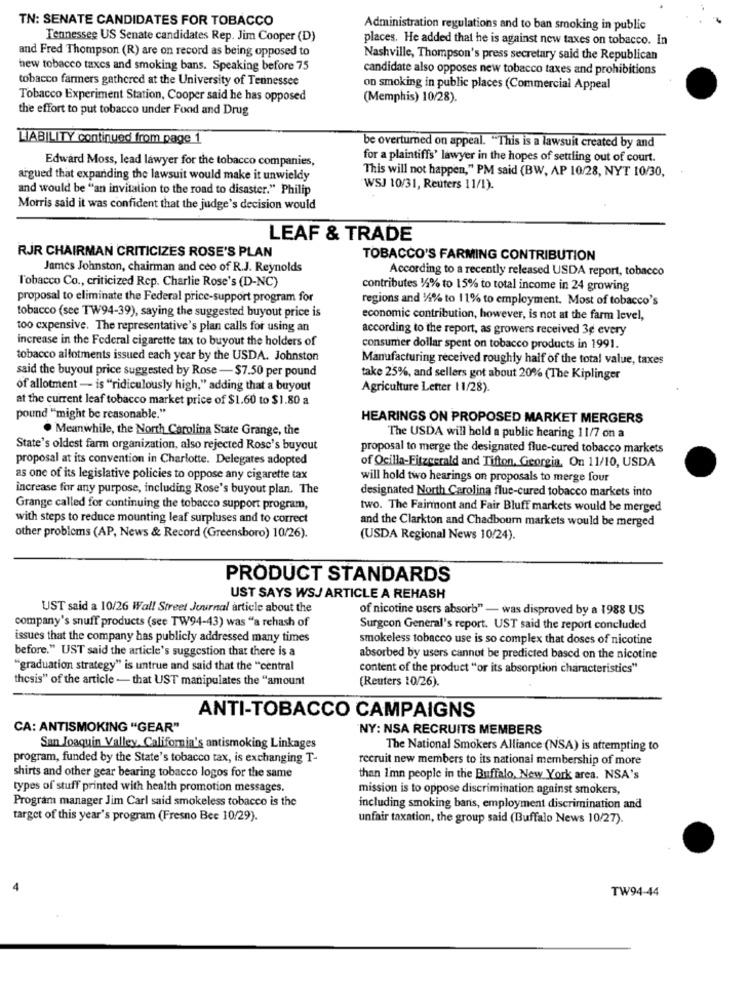
TN: SENATE CANDIDATES FOR TOBACCO
Administration regulations and to ban smoking in public
Tennessee US Senate candidates Rep. Jim Cooper (D)
places. He added that he is against new taxes on tobacco. In
and Fred Thompson (R) are on record as being opposed to
Nashville, Thompson's press secretary said the Republican
hew tobacco taxes and smoking bans. Speaking before 75
candidate also opposes new tobacco taxes and prohibitions
tobacco farmers gathered at the University of Tennessee
on smoking in public places (Commercial Appeal
Tobacco Experiment Station, Cooper said he has opposed
(Memphis) 10/28).
the effort to put tobacco under Food and Drug
LIABILITY continued from page 1
be overturned on appeal. "This is a lawsuit created by and
Edward Moss, lead lawyer for the tobacco companies,
for a plaintiffs' lawyer in the hopes of settling out of court.
This will not happen," PM said (BW, AP 10/28, NYT 10/30,
argued that expanding the lawsuit would make it unwieldy
and would be "an invitation to the road to disaster." Philip
WSJ 10/31, Reuters 11/1).
Morris said it was confident that the judge's decision would
LEAF & TRADE
RJR CHAIRMAN CRITICIZES ROSE'S PLAN
TOBACCO'S FARMING CONTRIBUTION
James Johnston, chairman and ceo of R.J. Reynolds
According to a recently released USDA report, tobacco
Tobacco Co ., criticized Rep. Charlie Rose's (D-NC)
contributes 14% to 15% to total income in 24 growing
proposal to eliminate the Federal price-support program for
regions and 1/4% to 11% to employment. Most of tobacco's
tobacco (see TW94-39), saying the suggested buyout price is
economic contribution, however, is not at the farm level,
too expensive. The representative's plan calls for using an
according to the report, as growers received 3¢ every
increase in the Federal cigarette tax to buyout the holders of
consumer dollar spent on tobacco products in 1991.
tobacco allotments issued each year by the USDA. Johnston
Manufacturing received roughly half of the total value, taxes
said the buyout price suggested by Rose -$7.50 per pound
take 25%, and sellers got about 20% (The Kiplinger
of allotment - is ""ridiculously high," adding that a buyout
Agriculture Letter 11/28).
at the current leaf tobacco market price of $1.60 to $1.80 a
pound "might be reasonable."
HEARINGS ON PROPOSED MARKET MERGERS
. Meanwhile, the North Carolina State Grange, the
The USDA will hold a public hearing 11/7 on a
State's oldest farm organization, also rejected Rose's buyout
proposal to merge the designated flue-cured tobacco markets
proposal at its convention in Charlotte. Delegates adopted
of Ocilla-Fitzgerald and Tifton, Georgia, On 11/10, USDA
as one of its legislative policies to oppose any cigarette tax
will hold two hearings on proposals to merge four
increase for any purpose, including Rose's buyout plan. The
designated North Carolina fluc-cured tobacco markets into
Grange called for continuing the tobacco support program,
two. The Fairmont and Fair Bluff markets would be merged
with steps to reduce mounting leaf surpluses and to correct
and the Clarkton and Chadbourn markets would be merged
other problems (AP, News & Record (Greensboro) 10/26).
(USDA Regional News 10/24).
PRODUCT STANDARDS
UST SAYS WSJ ARTICLE A REHASH
UST said a 10/26 Wall Street Journal article about the
of nicotine users absorb" - was disproved by a 1988 US
company's snuff products (see TW94-43) was "a rehash of
Surgeon General's report. UST said the report concluded
issues that the company has publicly addressed many times
smokeless tobacco use is so complex that doses of nicotine
before." UST said the article's suggestion that there is a
absorbed by users cannot be predicted based on the nicotine
"graduation strategy" is untrue and said that the "central
content of the product "or its absorption characteristics"
thesis" of the article - that UST manipulates the "amount
(Reuters 10/26).
ANTI-TOBACCO CAMPAIGNS
CA: ANTISMOKING "GEAR"
NY: NSA RECRUITS MEMBERS
San Joaquin Valley, California's antismoking Linkages
The National Smokers Alliance (NSA) is attempting to
program, funded by the State's tobacco tax, is exchanging T-
recruit new members to its national membership of more
shirts and other gear bearing tobacco logos for the same
than I'mn people in the Buffalo, New York area. NSA's
types of stuff printed with health promotion messages.
mission is to oppose discrimination against smokers,
Program manager Jim Carl said smokeless tobacco is the
including smoking bans, employment discrimination and
target of this year's program (Fresno Bee 10/29).
unfair taxation, the group said (Buffalo News 10/27).
TW94-44